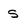
Character: s